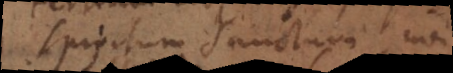
Spiritus Sanctus non